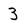
Character: 3